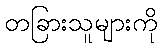
တခြားသူများကို